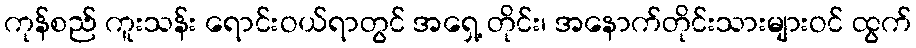
ကုန်စည် ကူးသန်း ရောင်းဝယ်ရာတွင် အရှေ့ တိုင်း၊ အနောက်တိုင်းသားများဝင် ထွက်